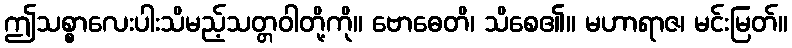
ဤသစ္စာလေးပါးသိမည့်သတ္တဝါတို့ကို။ ဗောဓေတိ၊ သိစေ၏။ မဟာရာဇ၊ မင်းမြတ်။